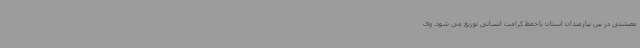
معیشتی در بین نیازمندان استان باحفظ کرامت انسانی توزیع می شود. وی